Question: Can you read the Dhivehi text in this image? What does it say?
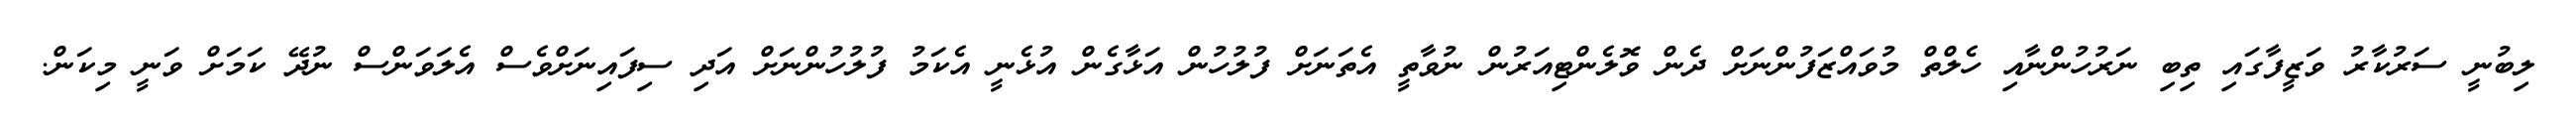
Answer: ލިބުނީ ސަރުކާރު ވަޒީފާގައި ތިބި ނަރުހުންނާއި ހެލްތް މުވައްޒަފުންނަށް ދެން ވޮލެންޓިއަރުން ނުވާތީ އެތަނަށް ފުލުހުން އަޅާގެން އުޅެނީ އެކަމު ފުލުހުންނަށް އަދި ސިފައިނަށްވެސް އެލަވަންސް ނުދޭ ކަމަށް ވަނީ މިކަން.